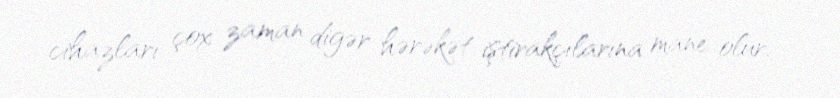
cihazları çox zaman digər hərəkət iştirakçılarına mane olur.